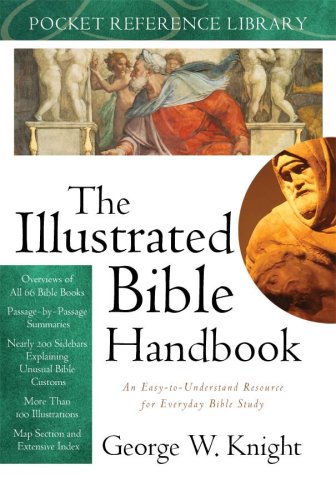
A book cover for ILLUSTRATED BIBLE HANDBOOK, THE (Pocket Reference Library (Barbour Publishing)); George W. Knight; Christian Books & Bibles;